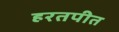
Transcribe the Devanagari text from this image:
हरतपीत